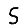
Digit: 5